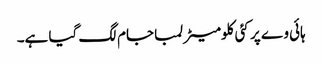
ہائی وے پر کئی کلومیٹر لمبا جام لگ گیا ہے۔